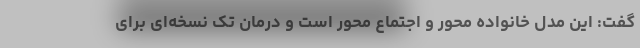
گفت: این مدل خانواده محور و اجتماع محور است و درمان تک نسخه‌ای برای